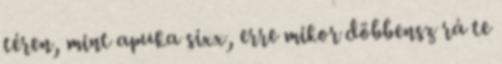
téren, mint apuka sixx, erre mikor döbbensz rá te